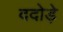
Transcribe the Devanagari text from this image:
ददोड़े